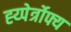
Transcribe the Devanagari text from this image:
ह्य्पेर्त्रोफ्य